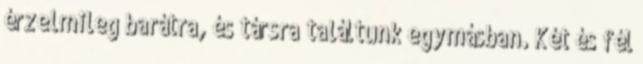
érzelmileg barátra, és társra találtunk egymásban. Két és fél